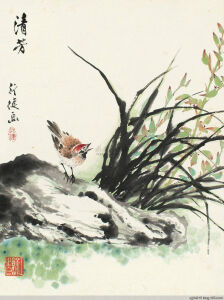
雁柱十三弦，一一春莺语。